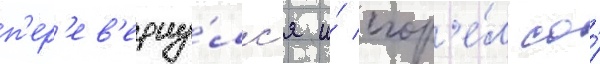
п'ер'ев'ерну́лс'я и́ сгор'е́л со́